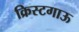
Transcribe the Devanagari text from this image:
क्रिस्टगाऊ